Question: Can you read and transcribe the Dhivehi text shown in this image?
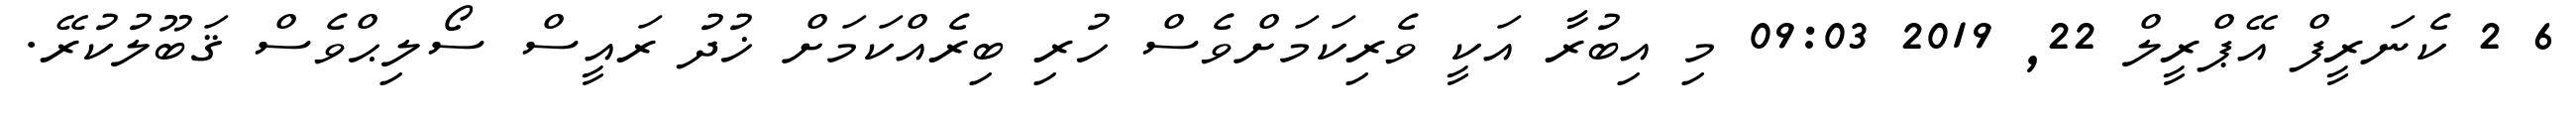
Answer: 6 2 ކެނަރީފް އޭޕްރީލް 22, 2019 09:03 މި އިބުރާ އަކީ ވެރިކަމަށްވެސް ހުރި ބިރެއްކަމަށް ޚުދު ރައީސް ސޯލިޙްވެސް ޤަބޫލުކުރޭ.